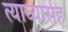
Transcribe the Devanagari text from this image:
त्याच्यासह